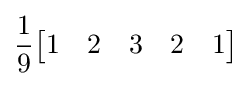
{\frac {1}{9}}{\begin{bmatrix}1&2&3&2&1\end{bmatrix}}